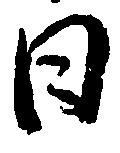
日